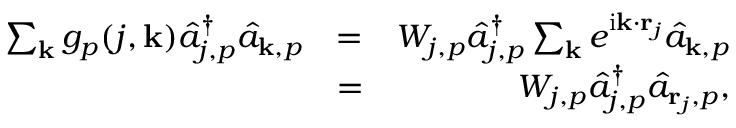
\begin{array} { r l r } { \sum _ { { \bf k } } g _ { p } ( j , { \bf k } ) \hat { a } _ { j , p } ^ { \dagger } \hat { a } _ { { \bf k } , p } } & { = } & { W _ { j , p } \hat { a } _ { j , p } ^ { \dagger } \sum _ { { \bf k } } e ^ { \mathrm { i } { \bf k } \cdot { \bf r } _ { j } } \hat { a } _ { { \bf k } , p } } \\ & { = } & { W _ { j , p } \hat { a } _ { j , p } ^ { \dagger } \hat { a } _ { { \bf r } _ { j } , p } , } \end{array}